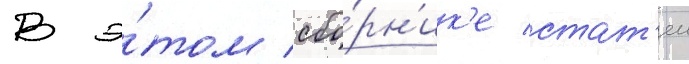
В э́том сбо́рн'ик'е стат'еи